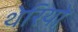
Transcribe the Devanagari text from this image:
थेरियो